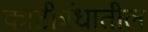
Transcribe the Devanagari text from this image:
काटीबंधातील